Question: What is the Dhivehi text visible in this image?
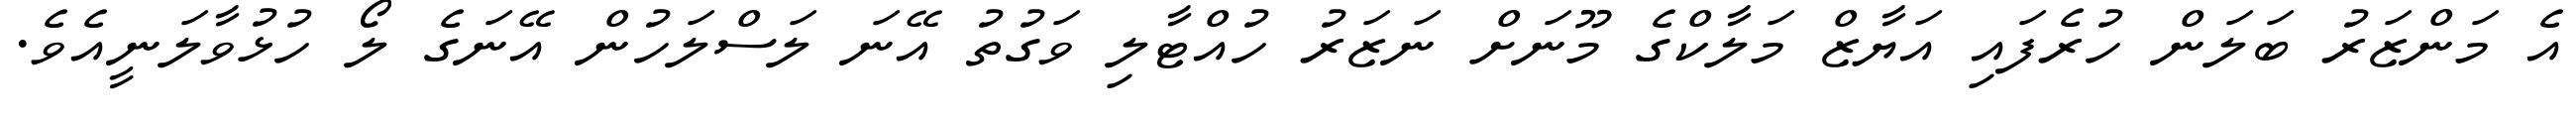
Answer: އެ މަންޒަރު ބަލަން ހުރެފައި އަޔާޒް މަލާކްގެ މޫނަށް ނަޒަރު ހުއްޓާލި ވަގުތު އޭނަ ލަސްލަހުން އޭނަގެ ލޯ ހުޅުވާލަނީއެވެ.